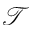
\mathcal { T }